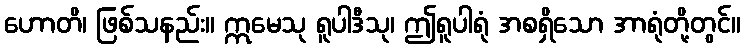
ဟောတိ၊ ဖြစ်သနည်း။ ဣမေသု ရူပါဒီသု၊ ဤရူပါရုံ အစရှိသော အာရုံတို့တွင်။